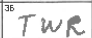
Transcription: TWR